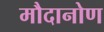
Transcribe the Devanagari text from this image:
मौदानोण